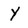
Character: Y